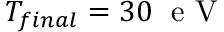
T _ { f i n a l } = 3 0 \; \mathrm { ~ e ~ V ~ }